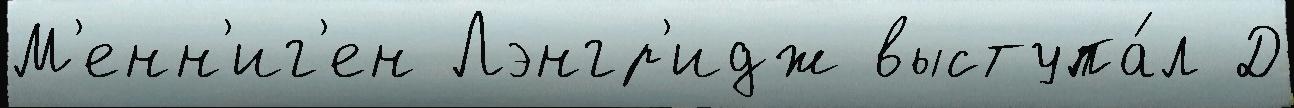
М'енн'иг'ен Лэнгр'идж выступа́л Д